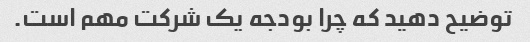
توضیح دهید که چرا بودجه یک شرکت مهم است.